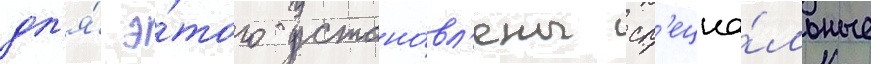
дл'я́ э́того устано́вл'ены сп'ециа́льные